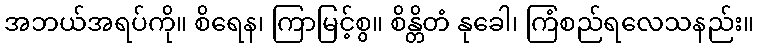
အဘယ်အရပ်ကို။ စိရေန၊ ကြာမြင့်စွ။ စိန္တိတံ နုခေါ၊ ကြံစည်ရလေသနည်း။